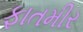
ફાતમીર